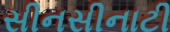
સીનસીનાટી